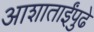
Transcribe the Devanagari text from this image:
आशाताईंपुढे